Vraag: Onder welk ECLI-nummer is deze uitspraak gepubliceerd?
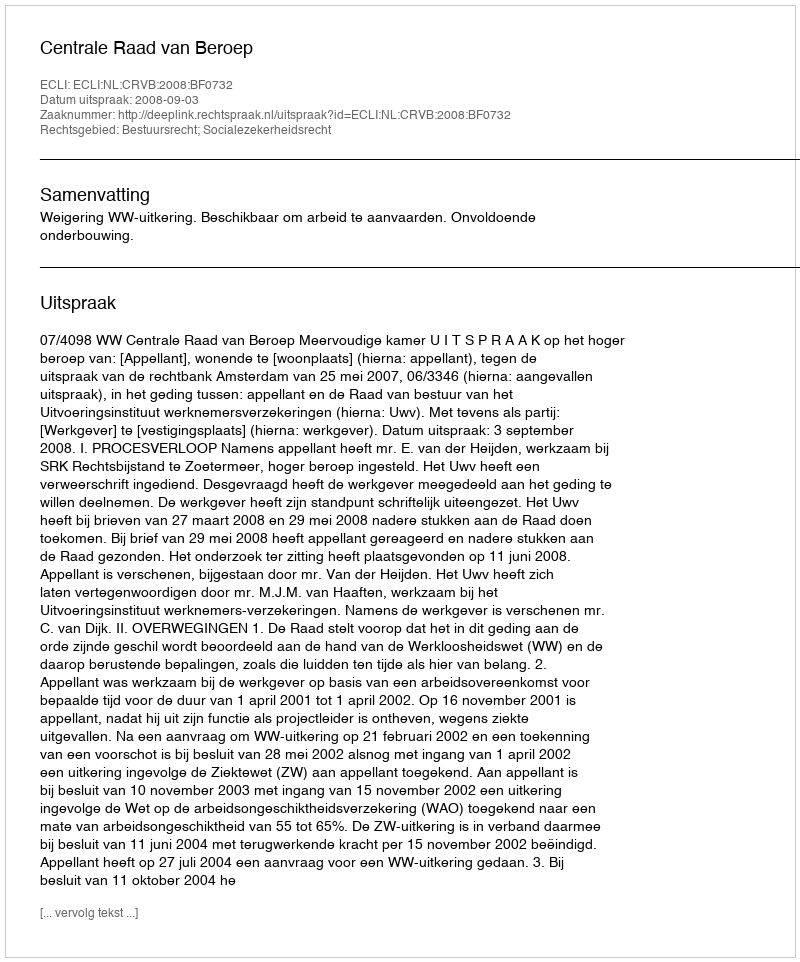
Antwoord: ECLI:NL:CRVB:2008:BF0732